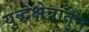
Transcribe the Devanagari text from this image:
युद्धक्षेत्रातुन